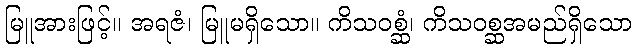
မြူအားဖြင့်။ အရဇံ၊ မြူမရှိသော။ ကိသဝစ္ဆံ၊ ကိသဝစ္ဆအမည်ရှိသော